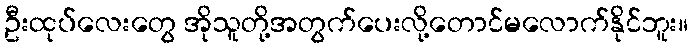
ဦးထုပ်လေးတွေ အိုသူတို့အတွက်ပေးလို့တောင်မလောက်နိုင်ဘူး။